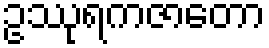
ဥဿုရကဇာတော